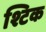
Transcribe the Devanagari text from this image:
श्टिक